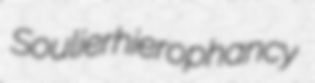
Soulier hierophancy